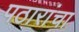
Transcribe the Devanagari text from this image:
पठारांचा